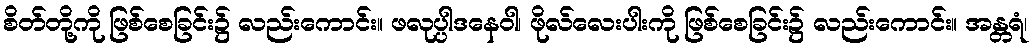
စိတ်တို့ကို ဖြစ်စေခြင်း၌ လည်းကောင်း။ ဖလုပ္ပါဒနေဝါ၊ ဖိုလ်လေးပါးကို ဖြစ်စေခြင်း၌ လည်းကောင်း။ အန္တရံ၊